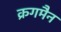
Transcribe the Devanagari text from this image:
क्रगमैन